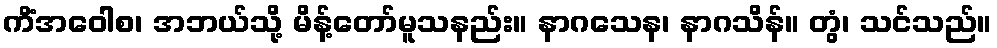
ကိံအဝေါစ၊ အဘယ်သို့ မိန့်တော်မူသနည်း။ နာဂသေန၊ နာဂသိန်။ တွံ၊ သင်သည်။